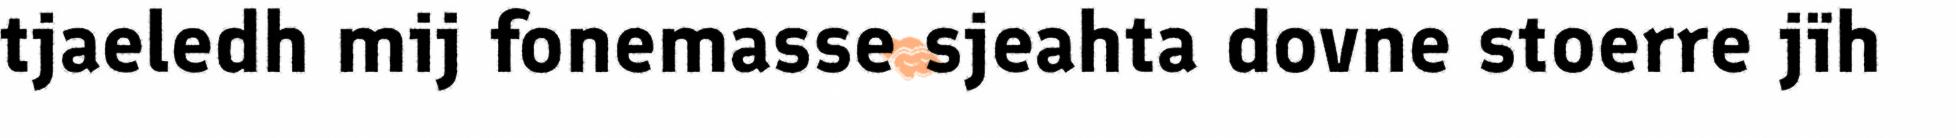
tjaeledh mij fonemasse sjeahta dovne stoerre jïh